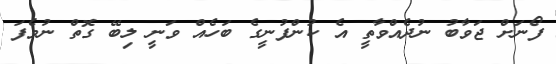
ފޯނަށް ޖަވާބު ނުދެއްވާތީ އެ ކުންފުނީގެ ބަހެއް ވަނީ ލިބޭ ގޮތް ނުވެފަ